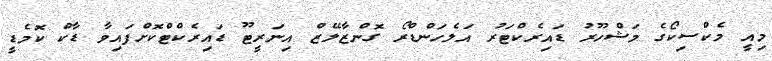
މިއީ މެކްސިކޯގެ މަޝްހޫރު ޑައިރެކްޓަރު އަލެހަންޑްރޯ ގޮންޒާލޭޒް އިނަރީޓޫ ޑައިރެކްޓްކޮށްފައިވާ ޑާކް ކޮމެޑީ